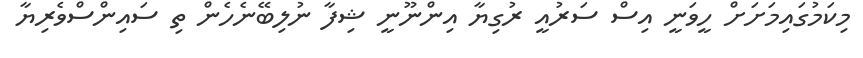
މިކަމުގައިމަށަށް ހީވަނީ އިސް ސަރުއީ ރުގިޔާ އިންނޫނީ ޝިފާ ނުލިބޭނެހެން ތި ސައިންސްވެރިޔާ